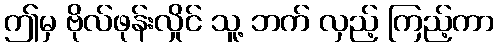
ဤမှ ဗိုလ်ဖုန်းလှိုင် သူ့ ဘက် လှည့် ကြည့်ကာ